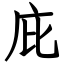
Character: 庇